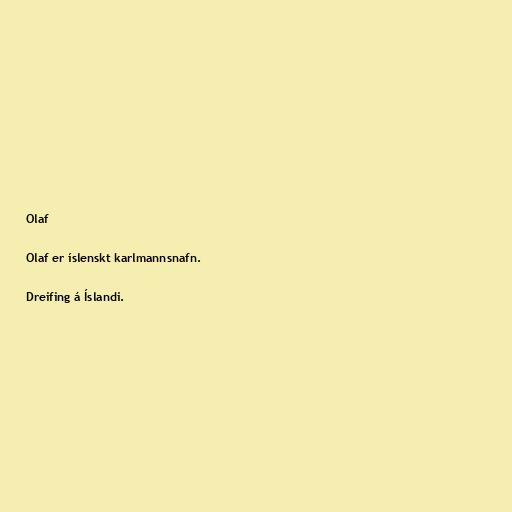
Olaf

Olaf er íslenskt karlmannsnafn.

Dreifing á Íslandi.